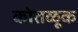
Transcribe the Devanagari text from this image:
कोतळूक